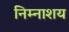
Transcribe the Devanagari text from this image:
निम्नाशय